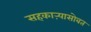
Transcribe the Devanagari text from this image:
सहकाऱ्यासोबत